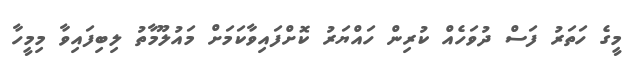
މީގެ ހަތަރު ފަސް ދުވަހެއް ކުރިން ހައްޔަރު ކޮށްފައިވާކަމަށް މައުލޫމާތު ލިބިފައިވާ މިމީހާ